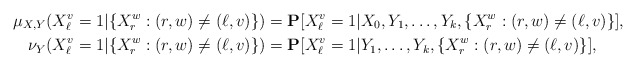
\begin{align*}\mu_{X,Y}(X_\ell^v=1|\{X_r^w:(r,w)\ne(\ell,v)\}) &=\mathbf{P}[X_\ell^v=1|X_0,Y_1,\ldots,Y_k,\{X_r^w:(r,w)\ne(\ell,v)\}],\\\nu_{Y}(X_\ell^v=1|\{X_r^w:(r,w)\ne(\ell,v)\}) &=\mathbf{P}[X_\ell^v=1|Y_1,\ldots,Y_k,\{X_r^w:(r,w)\ne(\ell,v)\}],\end{align*}